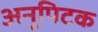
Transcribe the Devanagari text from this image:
अनुपिटक